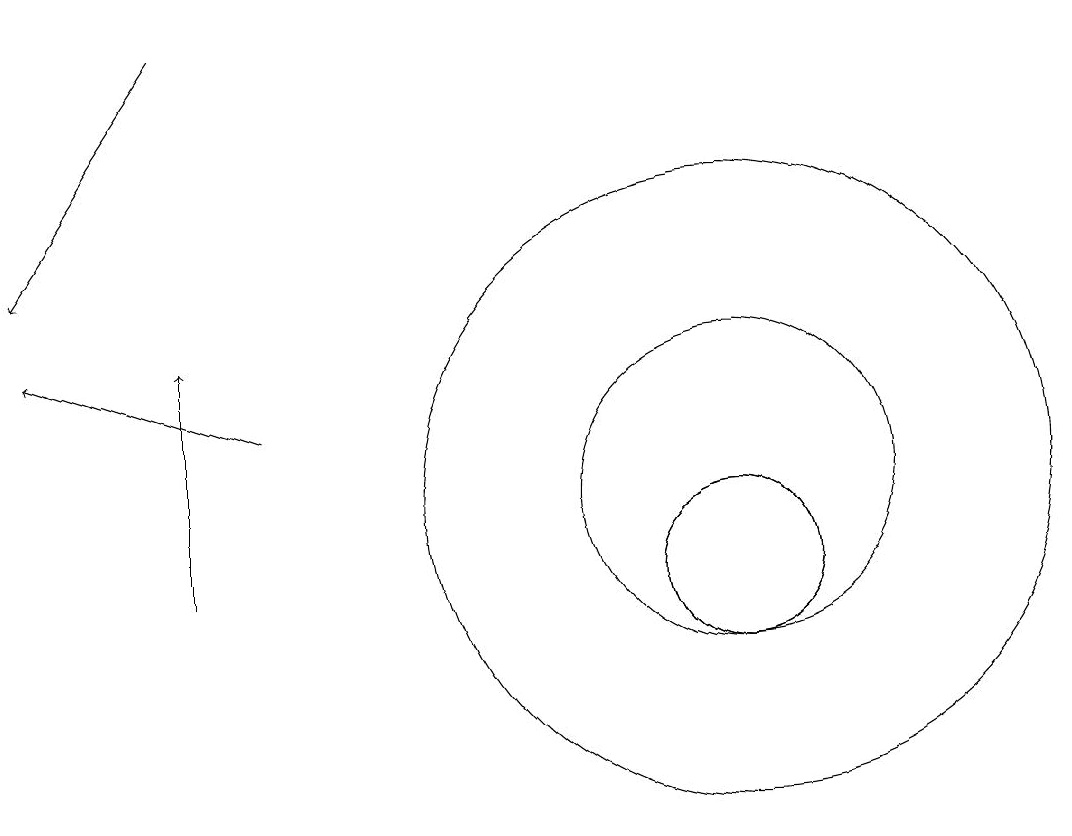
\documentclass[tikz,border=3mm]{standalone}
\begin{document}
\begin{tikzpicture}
\draw (10,10) circle (1);
\draw (10,10) circle (1);
\draw[->] (3,17) -- (1,14);
\draw[->] (3,10) -- (3,13);
\draw[->] (4,12) -- (1,13);
\draw (10,11) circle (2);
\draw (10,11) circle (4);
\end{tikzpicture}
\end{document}